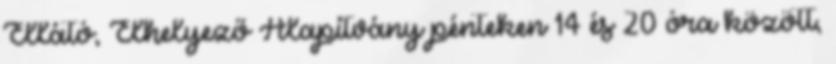
Ellátó, Elhelyező Alapítvány pénteken 14 és 20 óra között,